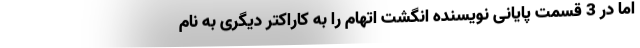
اما در 3 قسمت پایانی نویسنده انگشت اتهام را به کاراکتر دیگری به نام